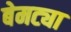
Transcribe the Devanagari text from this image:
बेमट्या